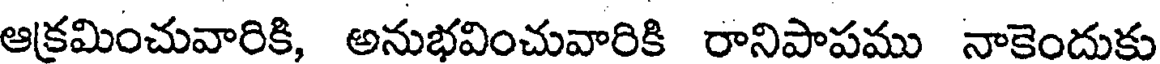
ఆక్రమించువారికి, అనుభవించువారికి రానిపాపము నాకెందుకు